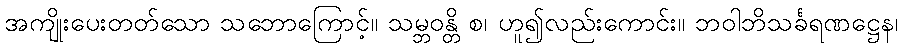
အကျိုးပေးတတ်သော သဘောကြောင့်။ သမ္ဘဝန္တိ စ၊ ဟူ၍လည်းကောင်း။ ဘဝါဘိသင်္ခရဏဋ္ဌေန၊